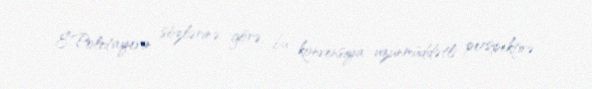
E.Poletayevin sözlərinə görə, bu konvensiya uzunmüddətli perspektivə